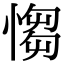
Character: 㥮